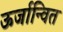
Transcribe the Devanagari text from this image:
ऊर्जान्वित